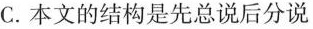
C.本文的结构是先总说后分说